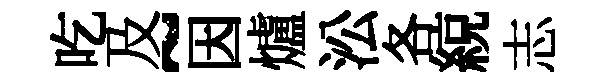
吃及~因爐㳂各綂志